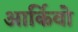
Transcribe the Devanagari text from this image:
आर्किवो